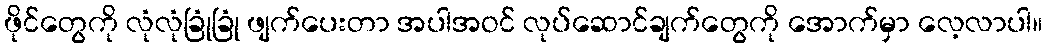
ဖိုင်တွေကို လုံလုံခြုံခြုံ ဖျက်ပေးတာ အပါအဝင် လုပ်ဆောင်ချက်တွေကို အောက်မှာ လေ့လာပါ။